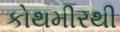
કોથમીરથી